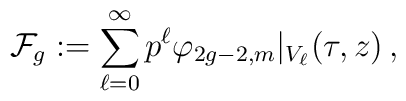
\mathcal{F}_g:=\sum_{\ell=0}^\infty p^\ell  \varphi_{2g-2,m}\vert_{V_\ell}(\tau,z)\,,